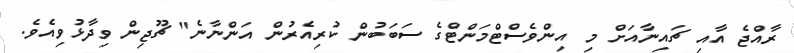
ރާއްޖެ އާއި ޗައިނާއަށް މި އިންވެސްޓްމަންޓްގެ ސަބަބުން ކުރިއެރުން އަންނާނެ" ޗޫޖިން ވިދާޅުވިއެވެ.